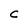
Character: C